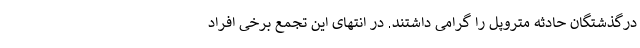
درگذشتگان حادثه متروپل را گرامی داشتند. در انتهای این تجمع برخی افراد